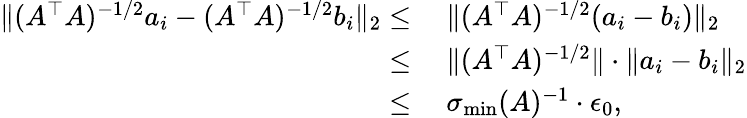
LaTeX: \begin{array}{rl}{\| (A^{\top}A)^{-1/2}a_{i}-(A^{\top}A)^{-1/2}b_{i}\| _{2}\leq}&{~\| (A^{\top}A)^{-1/2}(a_{i}-b_{i})\| _{2}}\\ {\leq}&{~\| (A^{\top}A)^{-1/2}\| \cdot\| a_{i}-b_{i}\| _{2}}\\ {\leq}&{~\sigma_{\operatorname*{min}}(A)^{-1}\cdot\epsilon_{0},}\end{array}